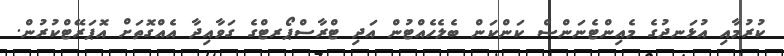
ކުރުމާއި އުޅަނދުގެ މެއިންޓެނަންސް ކަންކަން ބެލެހެއްޓުން އަދި ޓްރާސްޕޯރޓްގެ ގަވާއިދާ އެއްގޮތަށް އޮޕަރޭޓްކުރުން.